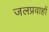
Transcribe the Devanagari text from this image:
जलप्रवाहों